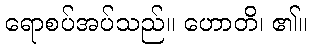
ရောစပ်အပ်သည်။ ဟောတိ၊ ၏။